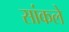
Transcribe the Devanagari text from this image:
सांकले